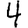
Digit: 4